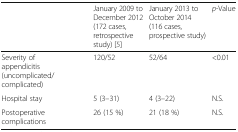
<table><thead><tr><td></td><td><b>January 2009 to December 2012 (172 cases, retrospective study) [5]</b></td><td><b>January 2013 to October 2014 (116 cases, prospective study)</b></td><td><b><i>p</i>-Value</b></td></tr></thead><tbody><tr><td>Severity of appendicitis (uncomplicated/complicated)</td><td>120/52</td><td>52/64</td><td>&lt;0.01</td></tr><tr><td>Hospital stay</td><td>5 (3–31)</td><td>4 (3–22)</td><td>N.S.</td></tr><tr><td>Postoperative complications</td><td>26 (15 %)</td><td>21 (18 %)</td><td>N.S.</td></tr></tbody></table>